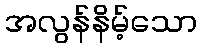
အလွန်နိမ့်သော